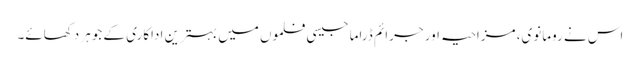
اس نے رومانوی، مزاحیہ اور جرائم ڈراما جیسی فلموں میں بہترین اداکاری کے جوہر دکھائے۔